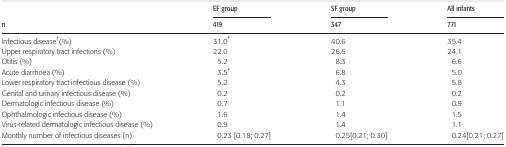
|  | EF group | SF group | All infants |
 | n | 419 | 347 | 771 |
 | --- | --- | --- | --- |
 | Infectious disease†(%) | 31.0* | 40.6 | 35.4 |
 | Upper respiratory tract infections (%) | 22.0 | 26.6 | 24.1 |
 | Otitis (%) | 5.2 | 8.3 | 6.6 |
 | Acute diarrhoea (%) | 3.5* | 6.8 | 5.0 |
 | Lower respiratory tract infectious disease (%) | 5.2 | 4.3 | 5.8 |
 | Genital and urinary infectious disease (%) | 0.2 | 0.2 | 0.2 |
 | Dermatologic infectious disease (%) | 0.7 | 1.1 | 0.9 |
 | Ophthalmologic infectious disease (%) | 1.6 | 1.4 | 1.5 |
 | Virus-related dermatologic infectious disease (%) | 0.9 | 1.4 | 1.1 |
 | Monthly number of infectious diseases (n) | 0.23 [0.18; 0.27] | 0.25[0.21; 0.30] | 0.24[0.21; 0.27] |